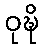
ဝုဍ္ဎိ